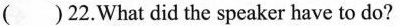
()22.What did the speaker have to do?